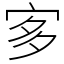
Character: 㝖